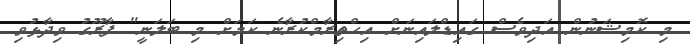
މި ކޮމިޝަނުން އަދިވެސް ގައިޑްލައިނަށް އިހްތިރާމްކުރާނެ ކަމަށް މި ބަލަނީ" ފާރޫގު ވިދާޅުވި